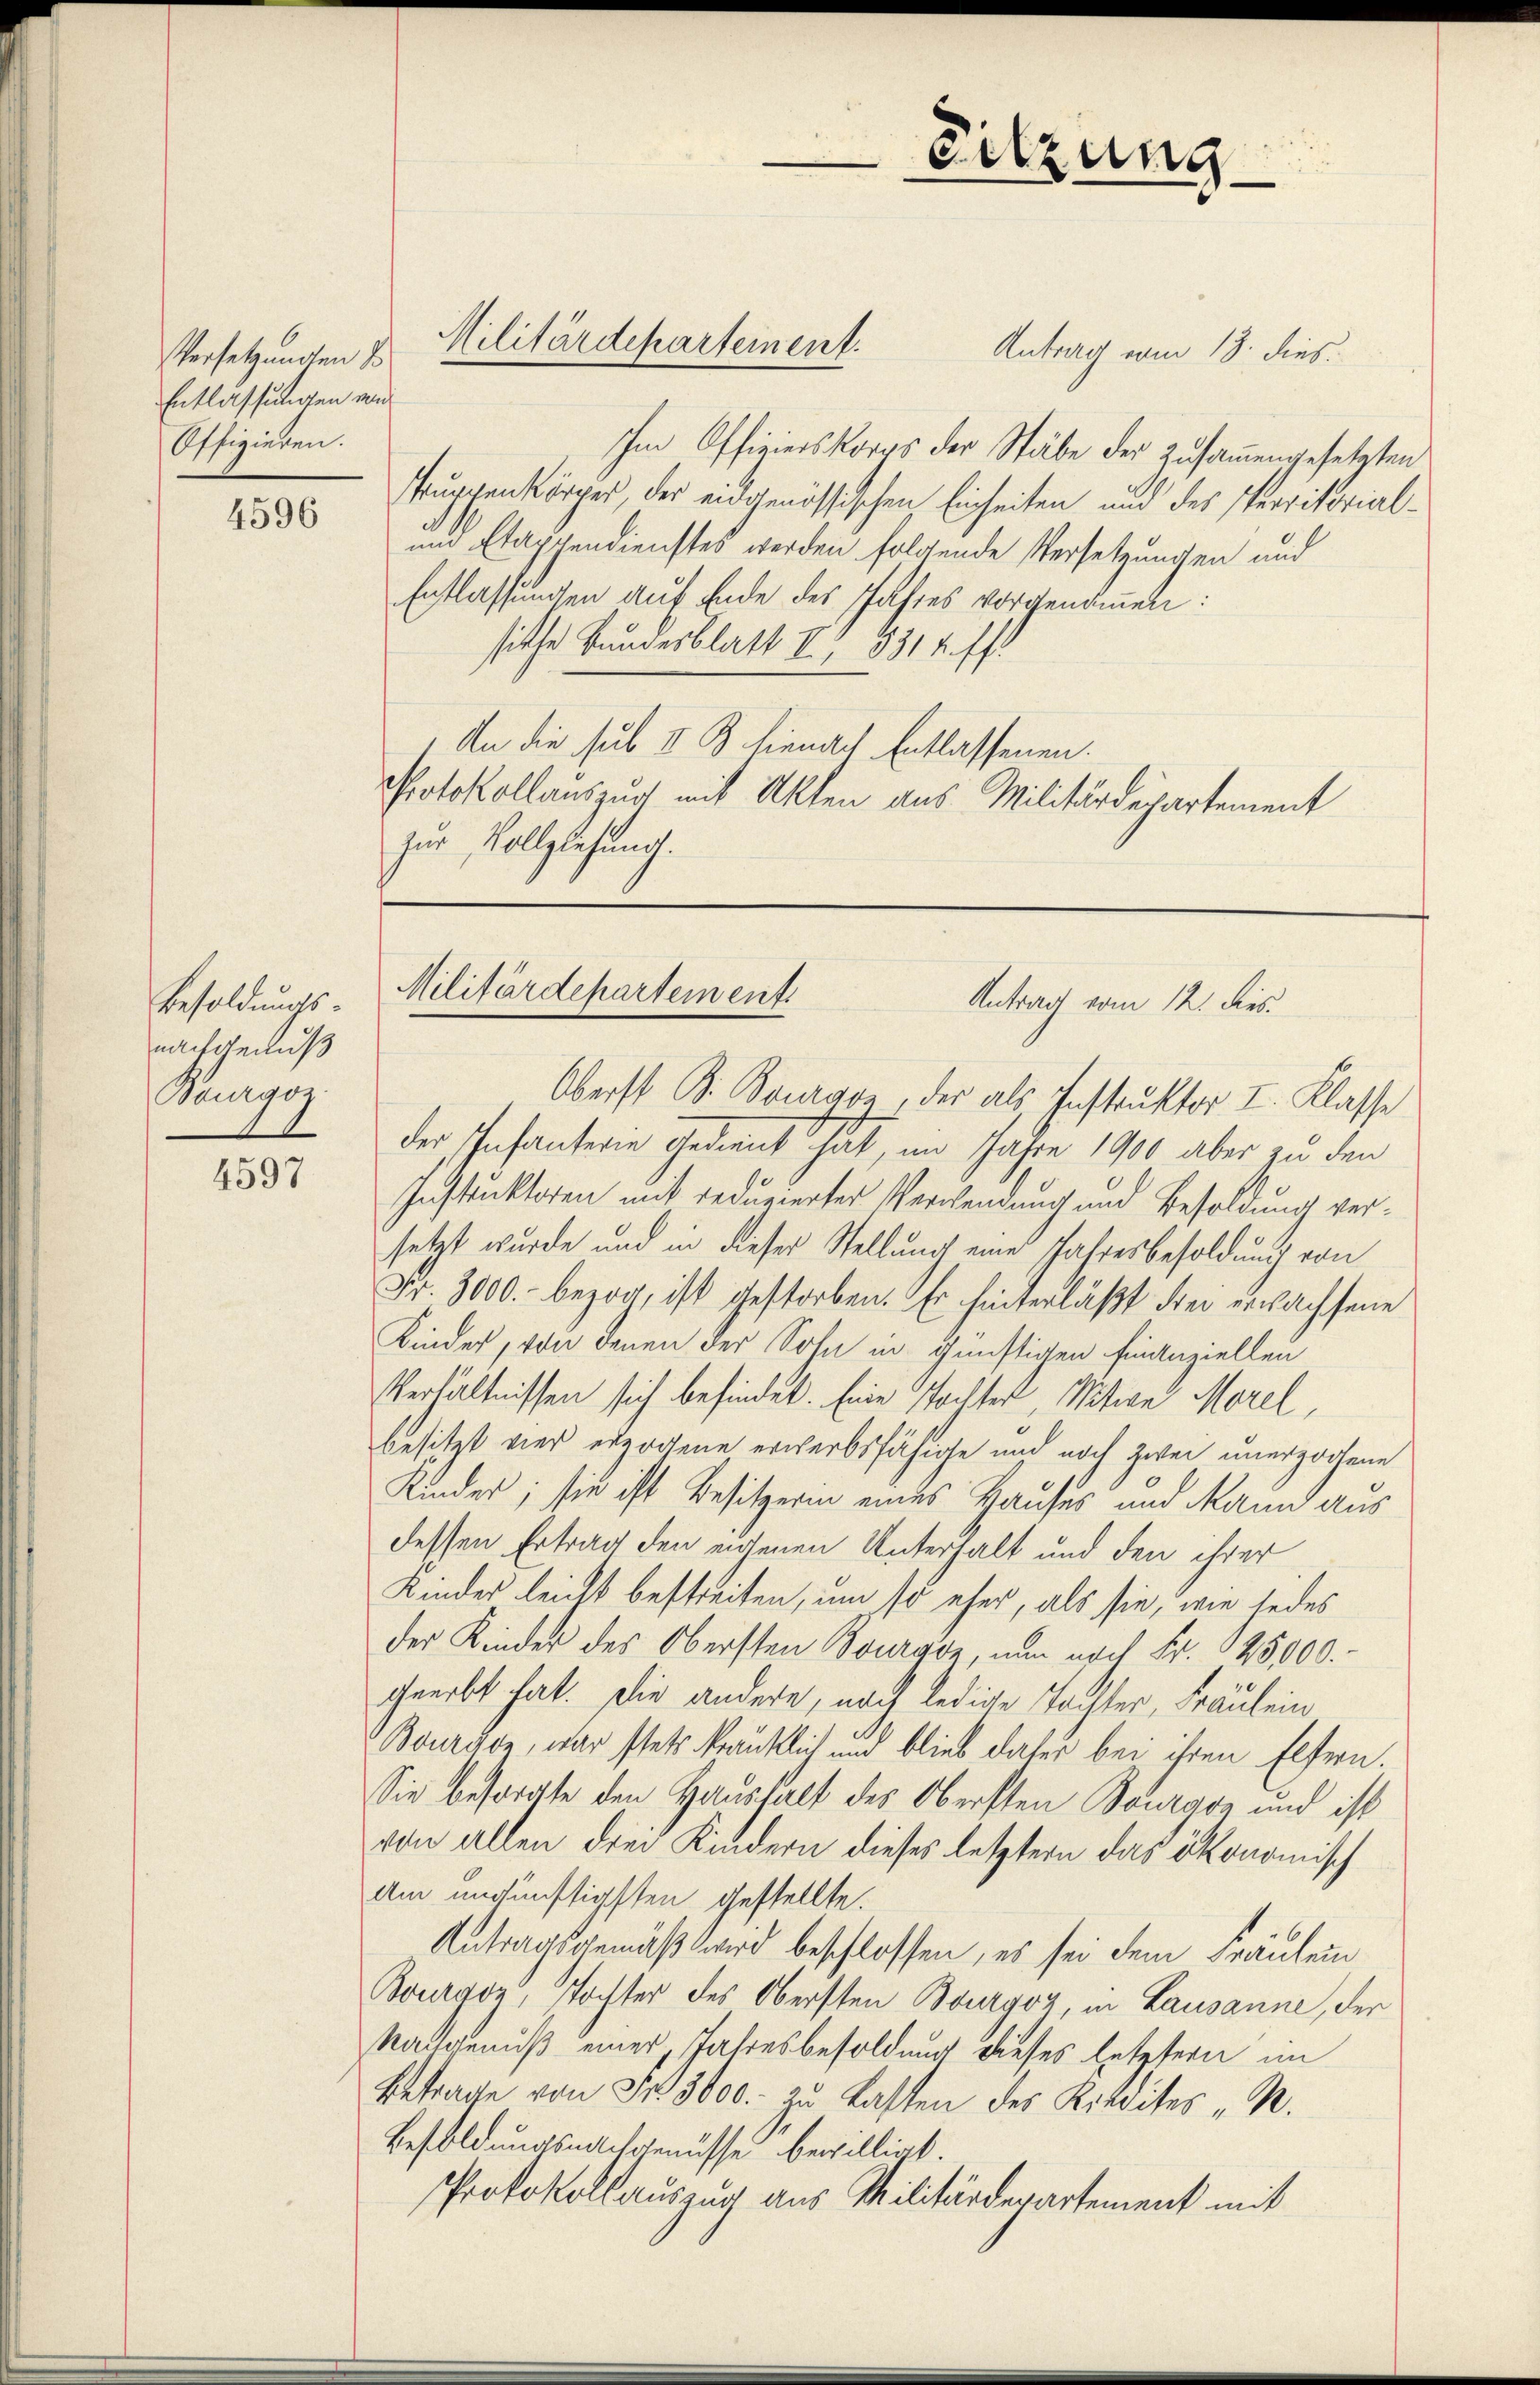
Versetzungen E
Entlassungen von
Offizieren.

4596

Besoldungs-
nachgenuß
Bourgoz.

4597

Oberst B. Bouranz, der als Instruktor I. Klasse
der Infanterie gedient hat, im Jahre 1900 aber zu den
Instruktoren mit reduzierter Verwendung und Besoldung versetzt wurde und in dieser Stellung eine Jahresbesoldung von
Fr. 3000.- bezog, ist gestorben. Er hinterläßt drei erwachsene
Kinder, von denen der Sohn in günstigen Finanziellen
Verhältnissen sich befindet. Eine stochter, Witwe Morel,
besitzt vier erzogene erwerbsfähige und noch zwei unerzogene
Kinder; sie ist Besitzerin eines Hauses und Mann aus
dessen Ertrag den eigenen Unterhalt und den ihrer
Kindes leicht bestreiten, um so eher, als sie, wie jedes
der Kinder des Obersten Bourgoz, nun nach Fr. 125000.
crerbt hat. Die andere, noch ledige Tochter, Fräulein
Bourade, war stets kränklich und blieb dater bei ihren Eltern.
Sie besorgte den Haushalt des Obersten Bourgon und ist
von allen drei Kindern dieses letztern das ökonomisch
Am ungünstigsten gestellte.
Antragsgemäß wird beschlossen, es sei dem Fräulein
Bourgoz, Tochter des Obersten Bourgoz, in Lausanne, der
Ratgenuß einer Jahresbesoldung dieses letztern im
Betrage von Fr. 3000. zu Lasten des Kredites "R.
Besoldungsnachgenusse bewilligt.
Protokollauszug aus Militärdepartement mit

Antrag vom 13. dies
Im Officierskorps der Stäbe der Zusammengesetzten
Puppenkörper, der eidgenössischen Einseiten und des Perritorialun Etappendienstes werden folgende Versetzungen und
Entlassungen auf Ende des Jahres vorgenommen:
sithe Bundesblatt IV 8314 ff
An die sub II. B. hienach Entlassenen.
Protokollauszug mit Akten aus Militärdepartement
zur Vollzlesung.

Militärdepartement.

Sitzung

Militärdepartement
Antrag vom 12. dies
.